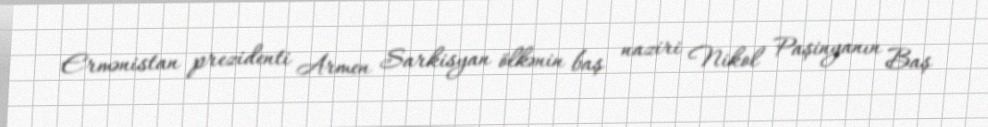
Ermənistan prezidenti Armen Sarkisyan ölkənin baş naziri Nikol Paşinyanın Baş